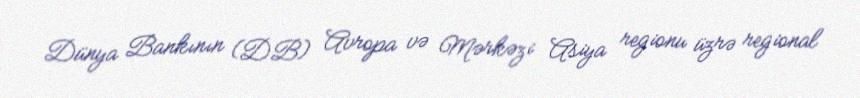
Dünya Bankının (DB) Avropa və Mərkəzi Asiya regionu üzrə regional